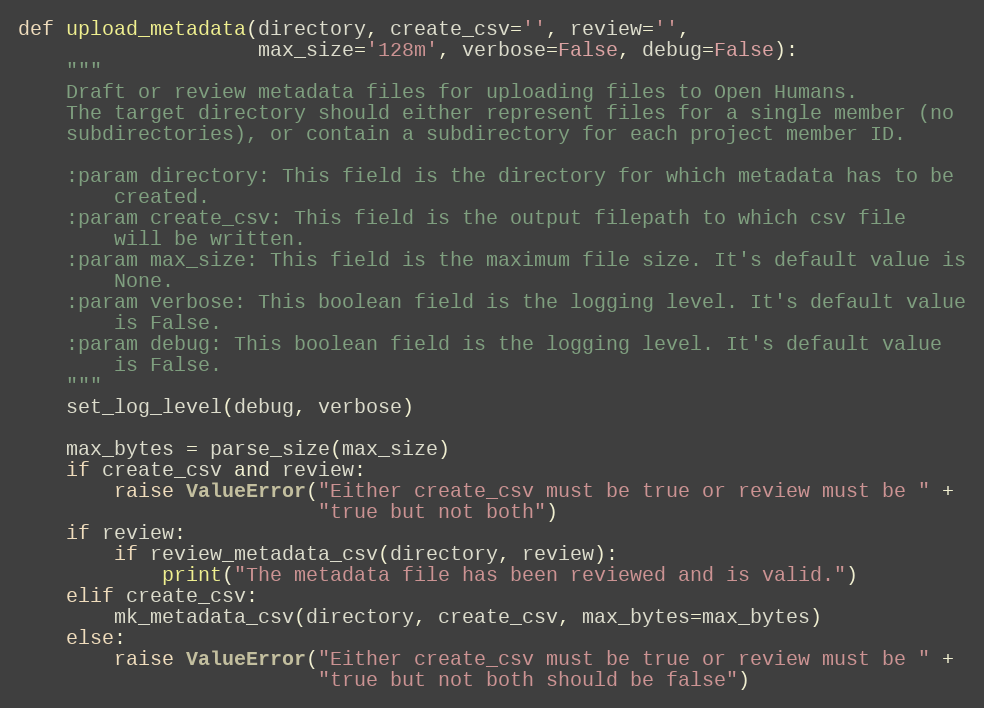
Language: Python
def upload_metadata(directory, create_csv='', review='',
                    max_size='128m', verbose=False, debug=False):
    """
    Draft or review metadata files for uploading files to Open Humans.
    The target directory should either represent files for a single member (no
    subdirectories), or contain a subdirectory for each project member ID.

    :param directory: This field is the directory for which metadata has to be
        created.
    :param create_csv: This field is the output filepath to which csv file
        will be written.
    :param max_size: This field is the maximum file size. It's default value is
        None.
    :param verbose: This boolean field is the logging level. It's default value
        is False.
    :param debug: This boolean field is the logging level. It's default value
        is False.
    """
    set_log_level(debug, verbose)

    max_bytes = parse_size(max_size)
    if create_csv and review:
        raise ValueError("Either create_csv must be true or review must be " +
                         "true but not both")
    if review:
        if review_metadata_csv(directory, review):
            print("The metadata file has been reviewed and is valid.")
    elif create_csv:
        mk_metadata_csv(directory, create_csv, max_bytes=max_bytes)
    else:
        raise ValueError("Either create_csv must be true or review must be " +
                         "true but not both should be false")